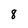
Character: 8